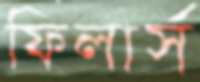
ফিলার্স